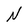
Character: N